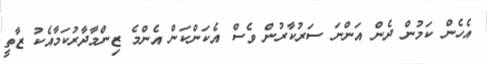
އެހެން ކަމުން ދެން އަންނަ ސަރުކާރުން ވެސް އެކަންކަން އެންމެ ޒިންމާދާރުކަމާއެކު ޒާތީ